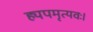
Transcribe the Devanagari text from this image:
ह्यपमृत्यवः।